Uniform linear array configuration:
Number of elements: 12
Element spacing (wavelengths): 0.5
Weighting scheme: binomial
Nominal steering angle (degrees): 45
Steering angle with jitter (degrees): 43.673
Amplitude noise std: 0.05
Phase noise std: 0.05

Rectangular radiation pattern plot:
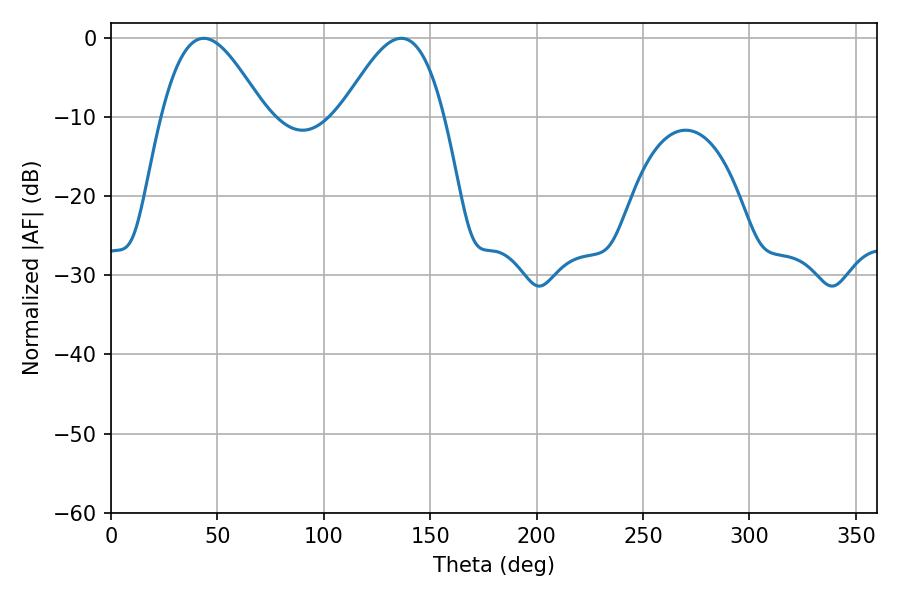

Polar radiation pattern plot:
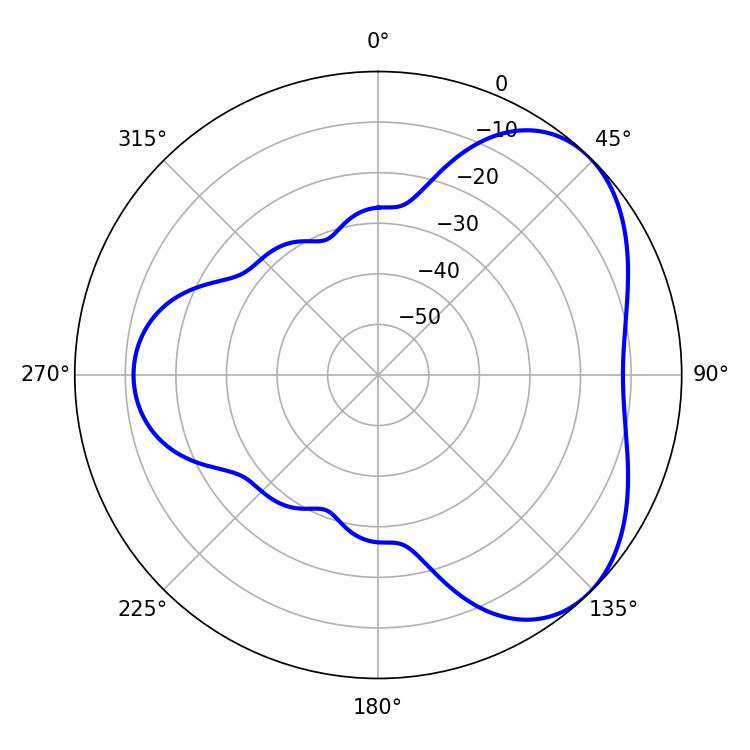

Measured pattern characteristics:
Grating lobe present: FALSE
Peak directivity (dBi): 4.544
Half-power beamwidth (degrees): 25.92
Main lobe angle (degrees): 43.56